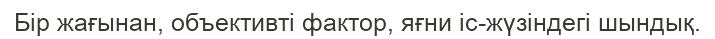
Бір жағынан, объективті фактор, яғни іс-жүзіндегі шындық.